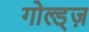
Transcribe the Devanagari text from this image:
गोल्ड्ज़